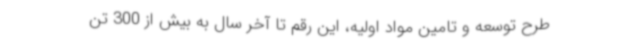
طرح توسعه و تامین مواد اولیه، این رقم تا آخر سال به بیش از 300 تن